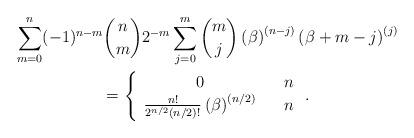
LaTeX: \begin{gather*}\sum_{m=0}^{n}(-1)^{n-m}\binom{n}{m}2^{-m}\sum_{j=0}^{m}\binom{m}{j}\left(\beta \right) ^{\left( n-j\right) }\left( \beta +m-j\right) ^{\left(j\right) } \\=\left\{ \begin{array}{ccc}0 & & n \\ \frac{n!}{2^{n/2}(n/2)!}\left( \beta \right) ^{\left( n/2\right) } & & n\end{array}\right. .\end{gather*}